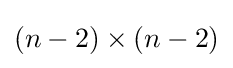
(n-2)\times (n-2)